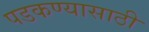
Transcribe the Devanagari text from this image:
पडकण्यासाठी